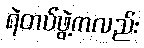
ရဲတပ်ဖွဲ့ကလည်း